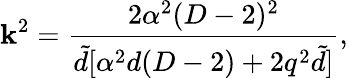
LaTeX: \mathbf{k}^{2}=\frac{{2\alpha^{2}(D-2)^{2}}}{{{\tilde{{d}}}[\alpha^{2}d(D-2)+2q^{2}{\tilde{{d}}}]}},